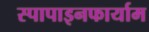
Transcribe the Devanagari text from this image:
स्पापाइनफार्याम